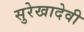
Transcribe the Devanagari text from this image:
सुरेखादेवी